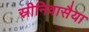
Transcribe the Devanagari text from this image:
स्रीनिवासैया